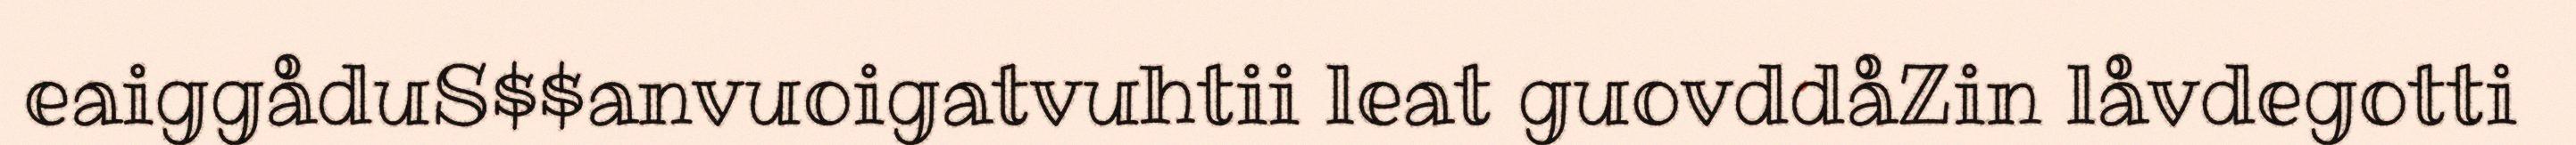
eaiggåduS$$anvuoigatvuhtii leat guovddåZin låvdegotti